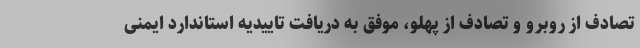
تصادف از روبرو و تصادف از پهلو، موفق به دریافت تاییدیه استاندارد ایمنی